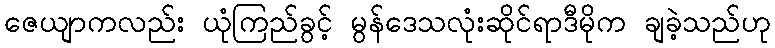
ဇေယျာကလည်း ယုံကြည်ခွင့် မွန်ဒေသလုံးဆိုင်ရာဒီမိုက ချခဲ့သည်ဟု